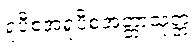
ရူပီစအရူပီစအတ္တာသုတ္တံ